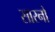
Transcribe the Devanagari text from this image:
सारनो